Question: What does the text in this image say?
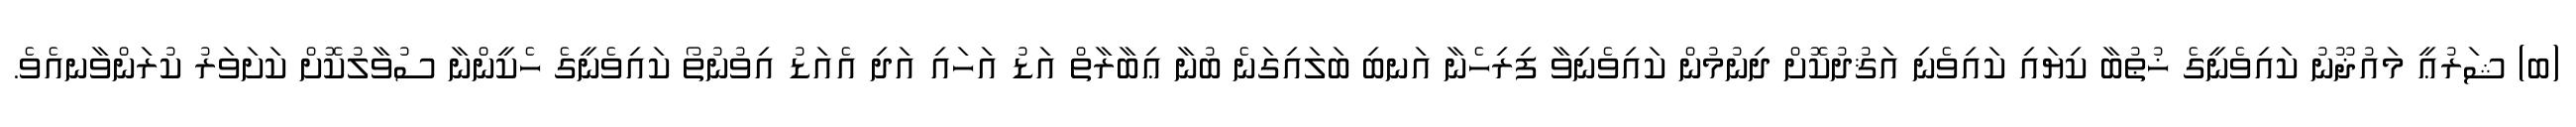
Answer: (ބ) ޝަރުޢީ މައުޛޫނު ކައިވެނީގެ ޚުޠުބާ ކިޔައި ކައިވެނި އަޤުދުކޮށް ދިނުމުން ކައިވެނިވާ ފިރިހެނާ އަނބި ބަލައިގަނެ ބުނާ ޢިބާރާތް އަޑު އަހައި އަދި އެއަޑު އިވުނުތޯ ކައިވެނީގެ ހެކީންނާ ސުވާލުކޮށް ކަށަވަރު ކުރަންވާނއެވެ.